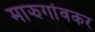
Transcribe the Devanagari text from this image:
माझगांवकर